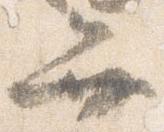
弁